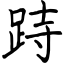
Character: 跱